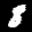
Digit: 8